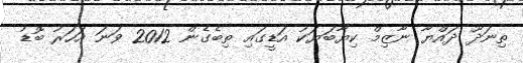
ތިނަދޫ ދައްޔާ ނާޒިމް ކިޔާބަޔަކު އަޑީގައި ތިބެގެން 2012 ވަނަ އަހަރު ބޮޑު